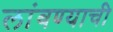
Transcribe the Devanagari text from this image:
लांबण्याची